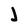
Character: J